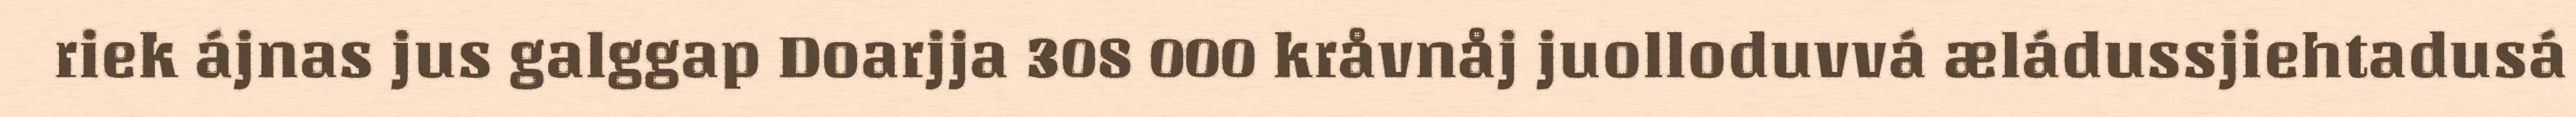
riek ájnas jus galggap Doarjja 308 000 kråvnåj juolloduvvá æládussjiehtadusá